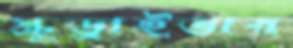
স্ক্রুড্রাইভার